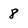
Character: 8